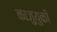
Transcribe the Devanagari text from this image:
काजुयुकी